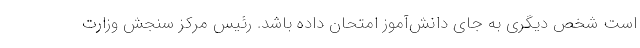
است شخص دیگری به جای دانش‌آموز امتحان داده باشد. رئیس مرکز سنجش وزارت